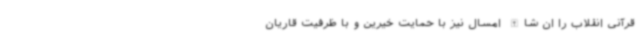
قرآنی انقلاب را ان شاالله امسال نیز با حمایت خیرین و با ظرفیت قاریان